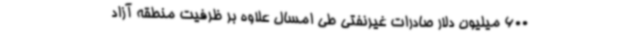
600 میلیون دلار صادرات غیرنفتی طی امسال علاوه بر ظرفیت منطقه آزاد